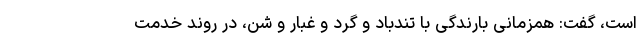
است، گفت: همزمانی بارندگی با تندباد و گرد و غبار و شن، در روند خدمت